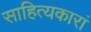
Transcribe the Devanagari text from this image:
साहित्यकारां